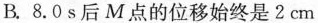
B.8.0s后M点的位移始终是2cm